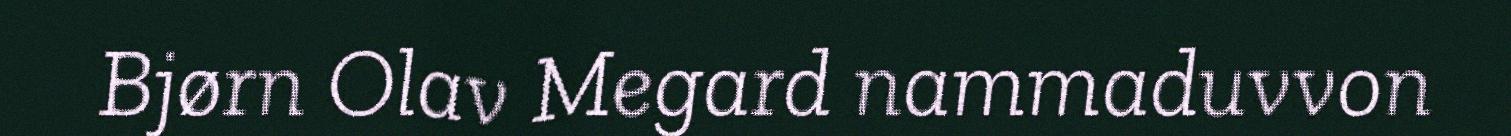
Bjørn Olav Megard nammaduvvon